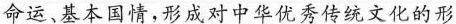
命运、基本国庆，形成对中华优秀传统文化的形